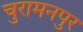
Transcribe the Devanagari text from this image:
चुरामनपुर